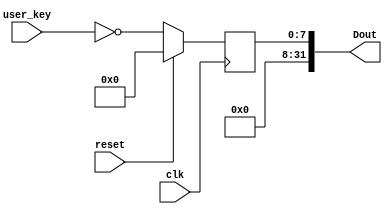
`timescale 1ns / 1ps
//////////////////////////////////////////////////////////////////////////////////
// Company: 
// Engineer: 
// 
// Design Name: 
// Module Name:    user_keys_driver 
// Project Name: 
// Target Devices: 
// Tool versions: 
// Description: 
//
// Dependencies: 
//
// Revision: 
// Revision 0.01 - File Created
// Additional Comments: 
//
//////////////////////////////////////////////////////////////////////////////////
module user_keys_driver(
	input clk,
	input reset,
	/*
	input [7:0] Addr,
	input WE,
	input [31:0] Din,
	*/
	output [31:0] Dout,
	input [7:0] user_key
    );
	
	reg [7:0] value=0;
	
	assign Dout={24'b0,value};
	
	always @(posedge clk)
	begin
		if(reset)
			value<=0;
		else
			value<=~user_key;
	end
	
	
endmodule